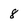
Character: 8